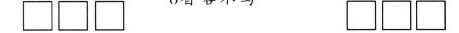
\Box \Box \Box \Box \Box \Box